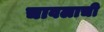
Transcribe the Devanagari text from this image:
चावलाची